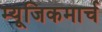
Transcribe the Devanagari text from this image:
म्यूजिकमार्च